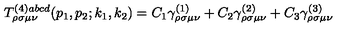
T _ { \rho \sigma \mu \nu } ^ { ( 4 ) a b c d } ( p _ { 1 } , p _ { 2 } ; k _ { 1 } , k _ { 2 } ) = C _ { 1 } \gamma _ { \rho \sigma \mu \nu } ^ { ( 1 ) } + C _ { 2 } \gamma _ { \rho \sigma \mu \nu } ^ { ( 2 ) } + C _ { 3 } \gamma _ { \rho \sigma \mu \nu } ^ { ( 3 ) }